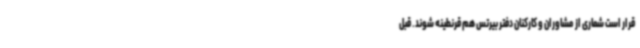
قرار است شماری از مشاوران و کارکنان دفتر بیرتس هم قرنطینه شوند. قبل